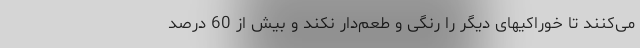
می‌کنند تا خوراکیهای دیگر را رنگی و طعم‌دار نکند و بیش از 60 درصد